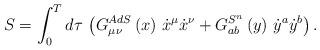
LaTeX: \begin{align*}S=\int_0^Td\tau \,\left( G_{\mu \nu }^{AdS}\left( x\right) \,\dot{x}^\mu \dot{x}^\nu +G_{ab}^{S^n}\left( y\right) \,\dot{y}^a\dot{y}^b\right) .\end{align*}